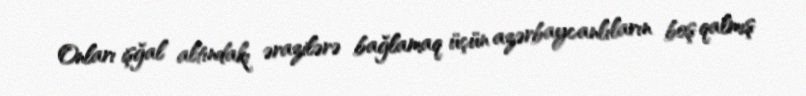
Onları işğal altındakı ərazilərə bağlamaq üçün azərbaycanlıların boş qalmış